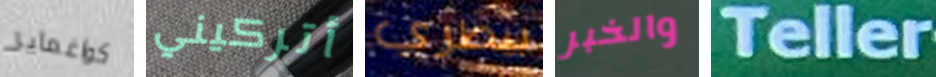
كواغماير أتركيني بيطري والخبر Teller